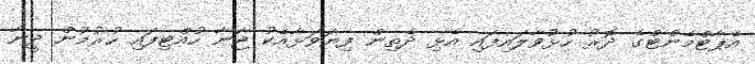
އެޕާޓްމެންޓްގެ ދޮރު ހުޅުވާލައިފައި އެޅި ދެތިން ފިޔަވަޅާއެކު ޖަނާ ހުއްޓިފައި ހުރުމުން ދީނާ